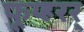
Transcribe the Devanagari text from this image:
फूय्हरर्